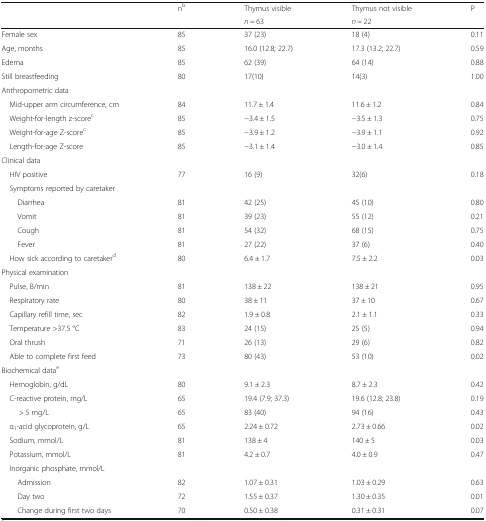
<table><thead><tr><td rowspan="2"></td><td rowspan="2"><b>n<sup>b</sup></b></td><td><b>Thymus visible</b></td><td><b>Thymus not visible</b></td><td rowspan="2"><b>P</b></td></tr><tr><td><b><i>n</i> = 63</b></td><td><b><i>n</i> = 22</b></td></tr></thead><tbody><tr><td>Female sex</td><td>85</td><td>37 (23)</td><td>18 (4)</td><td>0.11</td></tr><tr><td>Age, months</td><td>85</td><td>16.0 (12.8; 22.7)</td><td>17.3 (13.2; 22.7)</td><td>0.59</td></tr><tr><td>Edema</td><td>85</td><td>62 (39)</td><td>64 (14)</td><td>0.88</td></tr><tr><td>Still breastfeeding</td><td>80</td><td>17(10)</td><td>14(3)</td><td>1.00</td></tr><tr><td colspan="5">Anthropometric data</td></tr><tr><td> Mid-upper arm circumference, cm</td><td>84</td><td>11.7 ± 1.4</td><td>11.6 ± 1.2</td><td>0.84</td></tr><tr><td> Weight-for-length z-score<sup>c</sup></td><td>85</td><td>−3.4 ± 1.5</td><td>−3.5 ± 1.3</td><td>0.75</td></tr><tr><td> Weight-for-age Z-score<sup>c</sup></td><td>85</td><td>−3.9 ± 1.2</td><td>−3.9 ± 1.1</td><td>0.92</td></tr><tr><td> Length-for-age Z-score</td><td>85</td><td>−3.1 ± 1.4</td><td>−3.0 ± 1.4</td><td>0.85</td></tr><tr><td colspan="5">Clinical data</td></tr><tr><td> HIV positive</td><td>77</td><td>16 (9)</td><td>32(6)</td><td>0.18</td></tr><tr><td> Symptoms reported by caretaker</td><td></td><td></td><td></td><td></td></tr><tr><td>Diarrhea</td><td>81</td><td>42 (25)</td><td>45 (10)</td><td>0.80</td></tr><tr><td>Vomit</td><td>81</td><td>39 (23)</td><td>55 (12)</td><td>0.21</td></tr><tr><td>Cough</td><td>81</td><td>54 (32)</td><td>68 (15)</td><td>0.75</td></tr><tr><td>Fever</td><td>81</td><td>27 (22)</td><td>37 (6)</td><td>0.40</td></tr><tr><td> How sick according to caretaker<sup>d</sup></td><td>80</td><td>6.4 ± 1.7</td><td>7.5 ± 2.2</td><td>0.03</td></tr><tr><td colspan="5">Physical examination</td></tr><tr><td> Pulse, B/min</td><td>81</td><td>138 ± 22</td><td>138 ± 21</td><td>0.95</td></tr><tr><td> Respiratory rate</td><td>80</td><td>38 ± 11</td><td>37 ± 10</td><td>0.67</td></tr><tr><td> Capillary refill time, sec</td><td>82</td><td>1.9 ± 0.8</td><td>2.1 ± 1.1</td><td>0.33</td></tr><tr><td> Temperature &gt;37.5 °C</td><td>83</td><td>24 (15)</td><td>25 (5)</td><td>0.94</td></tr><tr><td> Oral thrush</td><td>71</td><td>26 (13)</td><td>29 (6)</td><td>0.82</td></tr><tr><td> Able to complete first feed</td><td>73</td><td>80 (43)</td><td>53 (10)</td><td>0.02</td></tr><tr><td colspan="5">Biochemical data<sup>e</sup></td></tr><tr><td> Hemoglobin, g/dL</td><td>80</td><td>9.1 ± 2.3</td><td>8.7 ± 2.3</td><td>0.42</td></tr><tr><td> C-reactive protein, mg/L</td><td>65</td><td>19.4 (7.9; 37.3)</td><td>19.6 (12.8; 23.8)</td><td>0.19</td></tr><tr><td>&gt; 5 mg/L</td><td>65</td><td>83 (40)</td><td>94 (16)</td><td>0.43</td></tr><tr><td> α<sub>1</sub>-acid glycoprotein, g/L</td><td>65</td><td>2.24 ± 0.72</td><td>2.73 ± 0.66</td><td>0.02</td></tr><tr><td> Sodium, mmol/L</td><td>81</td><td>138 ± 4</td><td>140 ± 5</td><td>0.03</td></tr><tr><td> Potassium, mmol/L</td><td>81</td><td>4.2 ± 0.7</td><td>4.0 ± 0.9</td><td>0.47</td></tr><tr><td colspan="5"> Inorganic phosphate, mmol/L</td></tr><tr><td>Admission</td><td>82</td><td>1.07 ± 0.31</td><td>1.03 ± 0.29</td><td>0.63</td></tr><tr><td>Day two</td><td>72</td><td>1.55 ± 0.37</td><td>1.30 ± 0.35</td><td>0.01</td></tr><tr><td>Change during first two days</td><td>70</td><td>0.50 ± 0.38</td><td>0.31 ± 0.31</td><td>0.07</td></tr></tbody></table>